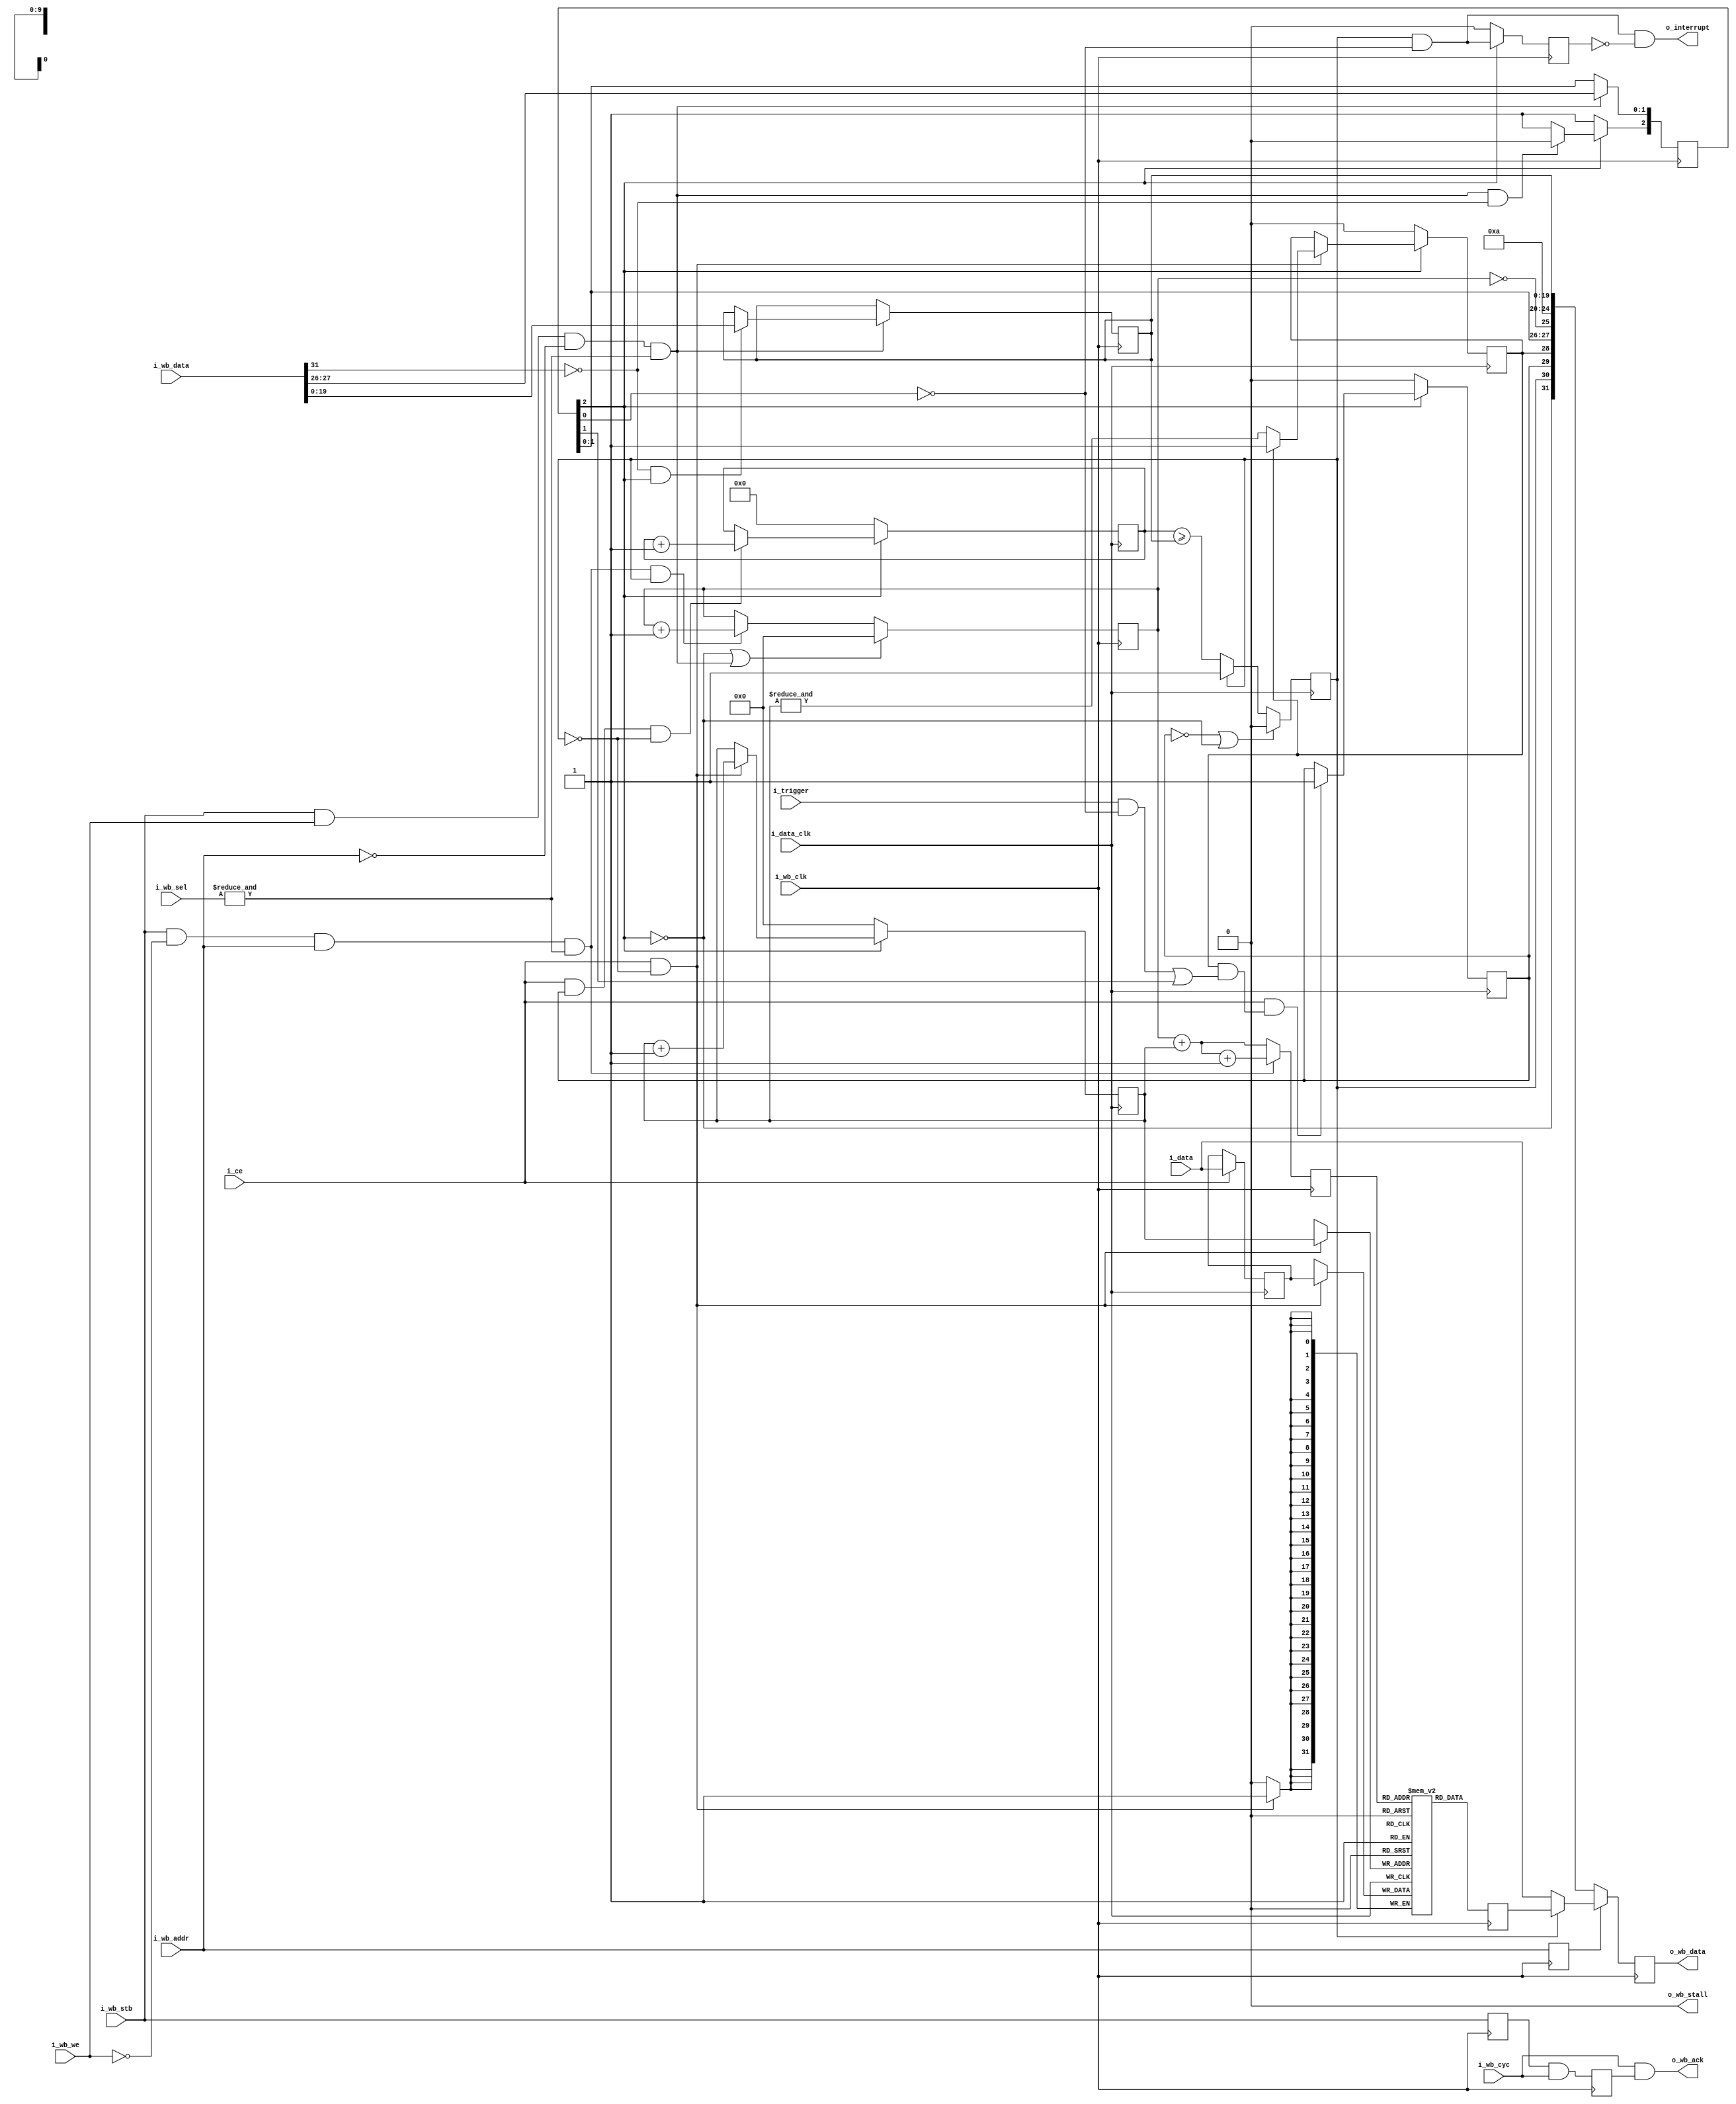
////////////////////////////////////////////////////////////////////////////////
//
// {{{
// Project:	SDR, a basic Soft(Gate)ware Defined Radio architecture
//
// Purpose:	This is a generic/library routine for providing a bus accessed
//	'scope' or (perhaps more appropriately) a bus accessed logic analyzer.
//	The general operation is such that this 'scope' can record and report
//	on any 32 bit value transiting through the FPGA.  Once started and
//	reset, the scope records a copy of the input data every time the clock
//	ticks with the circuit enabled.  That is, it records these values up
//	until the trigger.  Once the trigger goes high, the scope will record
//	for br_holdoff more counts before stopping.  Values may then be read
//	from the buffer, oldest to most recent.  After reading, the scope may
//	then be reset for another run.
//
//	In general, therefore, operation happens in this fashion:
//		1. A reset is issued.
//		2. Recording starts, in a circular buffer, and continues until
//		3. The trigger line is asserted.
//			The scope registers the asserted trigger by setting
//			the 'o_triggered' output flag.
//		4. A counter then ticks until the last value is written
//			The scope registers that it has stopped recording by
//			setting the 'o_stopped' output flag.
//		5. The scope recording is then paused until the next reset.
//		6. While stopped, the CPU can read the data from the scope
//		7. -- oldest to most recent
//		8. -- one value per i_rd&i_data_clk
//		9. Writes to the data register reset the address to the
//			beginning of the buffer
//
//	Although the data width DW is parameterized, it is not very changable,
//	since the width is tied to the width of the data bus, as is the
//	control word.  Therefore changing the data width would require changing
//	the interface.  It's doable, but it would be a change to the interface.
//
//	The SYNCHRONOUS parameter turns on and off meta-stability
//	synchronization.  Ideally a wishbone scope able to handle one or two
//	clocks would have a changing number of ports as this SYNCHRONOUS
//	parameter changed.  Other than running another script to modify
//	this, I don't know how to do that so ... we'll just leave it running
//	off of two clocks or not.
//
//
//	Internal to this routine, registers and wires are named with one of the
//	following prefixes:
//
//	i_	An input port to the routine
//	o_	An output port of the routine
//	br_	A register, controlled by the bus clock
//	dr_	A register, controlled by the data clock
//	bw_	A wire/net, controlled by the bus clock
//	dw_	A wire/net, controlled by the data clock
//
// Creator:	Dan Gisselquist, Ph.D.
//		Gisselquist Technology, LLC
//
////////////////////////////////////////////////////////////////////////////////
// }}}
// Copyright (C) 2015-2024, Gisselquist Technology, LLC
// {{{
// This program is free software (firmware): you can redistribute it and/or
// modify it under the terms of the GNU General Public License as published
// by the Free Software Foundation, either version 3 of the License, or (at
// your option) any later version.
//
// This program is distributed in the hope that it will be useful, but WITHOUT
// ANY WARRANTY; without even the implied warranty of MERCHANTIBILITY or
// FITNESS FOR A PARTICULAR PURPOSE.  See the GNU General Public License
// for more details.
//
// You should have received a copy of the GNU General Public License along
// with this program.  (It's in the $(ROOT)/doc directory.  Run make with no
// target there if the PDF file isn't present.)  If not, see
// <http://www.gnu.org/licenses/> for a copy.
// }}}
// License:	GPL, v3, as defined and found on www.gnu.org,
// {{{
//		http://www.gnu.org/licenses/gpl.html
//
////////////////////////////////////////////////////////////////////////////////
//
`default_nettype	none
// }}}
module wbscope #(
		// {{{
		parameter [4:0]			LGMEM = 5'd10,
		parameter			BUSW = 32,
		parameter [0:0]			SYNCHRONOUS=1,
		parameter		 	HOLDOFFBITS = 20,
		parameter [(HOLDOFFBITS-1):0]	DEFAULT_HOLDOFF = ((1<<(LGMEM-1))-4)
		// }}}
	) (
		// {{{
		// The input signals that we wish to record
		input	wire			i_data_clk, i_ce, i_trigger,
		input	wire	[(BUSW-1):0]	i_data,
		// The WISHBONE bus for reading and configuring this scope
		// {{{
		input	wire			i_wb_clk, i_wb_cyc,
						i_wb_stb, i_wb_we,
		input	wire			i_wb_addr, // One address line only
		input	wire	[(BUSW-1):0]	i_wb_data,
		input	wire	[(BUSW/8-1):0]	i_wb_sel,
		output	wire			o_wb_stall, o_wb_ack,
		output	wire	[(BUSW-1):0]	o_wb_data,
		// }}}
		// And, finally, for a final flair --- offer to interrupt the
		// CPU after our trigger has gone off.  This line is equivalent
		// to the scope  being stopped.  It is not maskable here.
		output	wire			o_interrupt
		// }}}
	);

	// Signal declarations
	// {{{
	wire			bus_clock;
	wire			read_from_data;
	wire			write_stb;
	wire			write_to_control;
	reg			read_address;
	wire	[31:0]		i_bus_data;
	reg	[(LGMEM-1):0]	raddr;
	reg	[(BUSW-1):0]	mem[0:((1<<LGMEM)-1)];
	wire		bw_reset_request, bw_manual_trigger,
			bw_disable_trigger, bw_reset_complete;
	reg	[2:0]	br_config;
	reg	[(HOLDOFFBITS-1):0]	br_holdoff;
	wire			dw_reset, dw_manual_trigger, dw_disable_trigger;
	reg			dr_triggered, dr_primed;
	wire			dw_trigger;
	(* ASYNC_REG="TRUE" *) reg	[(HOLDOFFBITS-1):0]	counter;

	reg			dr_stopped;
	reg	[(LGMEM-1):0]	waddr;
	localparam	STOPDELAY = 1;	// Calibrated value--don't change this
	wire	[(BUSW-1):0]		wr_piped_data;
	wire			bw_stopped, bw_triggered, bw_primed;
	reg			br_wb_ack, br_pre_wb_ack;
	wire			bw_cyc_stb;
	reg	[(LGMEM-1):0]	this_addr;
	reg	[31:0]		nxt_mem;
	wire	[19:0]		full_holdoff;
	reg	[31:0]		o_bus_data;
	wire	[4:0]		bw_lgmem;
	reg			br_level_interrupt;
	// }}}

	assign	bus_clock = i_wb_clk;

	////////////////////////////////////////////////////////////////////////
	//
	// Decode and handle the bus signaling in a (somewhat) portable manner
	// {{{
	////////////////////////////////////////////////////////////////////////
	//
	///////////////////////////////////////////////////
	//
	//

	assign	i_bus_data = i_wb_data;
	assign	o_wb_stall = 1'b0;
	assign	read_from_data = i_wb_stb && !i_wb_we && i_wb_addr && (&i_wb_sel);
	assign	write_stb = (i_wb_stb)&&(i_wb_we);
	assign	write_to_control = write_stb && !i_wb_addr && (&i_wb_sel);

	always @(posedge bus_clock)
		read_address <= i_wb_addr;
	// }}}
	////////////////////////////////////////////////////////////////////////
	//
	// Our status/config register
	// {{{
	////////////////////////////////////////////////////////////////////////
	//
	// Now that we've finished reading/writing from the
	// bus, ... or at least acknowledging reads and
	// writes from and to the bus--even if they haven't
	// happened yet, now we implement our actual scope.
	// This includes implementing the actual reads/writes
	// from/to the bus.
	//
	// From here on down, is the heart of the scope itself.
	//

	// Our status/config register
	initial	br_config = 3'b0;
	initial	br_holdoff = DEFAULT_HOLDOFF;
	always @(posedge bus_clock)
	begin
		if (write_to_control)
		begin
			br_config[1:0] <= {
				i_bus_data[27],
				i_bus_data[26] };
			if (!i_bus_data[31] && br_config[2])
				br_holdoff <= i_bus_data[(HOLDOFFBITS-1):0];
		end

		//
		// Reset logic
		if (bw_reset_complete)
			// Clear the reset request, regardless of the write
			br_config[2] <= 1'b1;
		else if (!br_config[2])
			// Reset request is already pending--don't change it
			br_config[2] <= 1'b0;
		else if (write_to_control && !i_bus_data[31])
			// Initiate a new reset request
			//   Note that we won't initiate a new reset request
			//   while one is already pending.  Once the pending
			//   one completes we'll be in the reset state anyway
			br_config[2] <= 1'b0;

		// if (i_reset)
		//	br_config[2] <= 1'b0;
	end
	assign	bw_reset_request   = (!br_config[2]);
	assign	bw_manual_trigger  = (br_config[1]);
	assign	bw_disable_trigger = (br_config[0]);

	generate
	if (SYNCHRONOUS > 0)
	begin : GEN_SYNCHRONOUS
		assign	dw_reset = bw_reset_request;
		assign	dw_manual_trigger = bw_manual_trigger;
		assign	dw_disable_trigger = bw_disable_trigger;
		assign	bw_reset_complete = bw_reset_request;
	end else begin : GEN_ASYNC
		reg		r_reset_complete;
		(* ASYNC_REG = "TRUE" *) reg	[2:0]	q_iflags;
		reg	[2:0]	r_iflags;

		// Resets are synchronous to the bus clock, not the data clock
		// so do a clock transfer here
		initial	{ q_iflags, r_iflags } = 6'h0;
		initial	r_reset_complete = 1'b0;
		always @(posedge i_data_clk)
		begin
			q_iflags <= { bw_reset_request, bw_manual_trigger, bw_disable_trigger };
			r_iflags <= q_iflags;
			r_reset_complete <= (dw_reset);
		end

		assign	dw_reset = r_iflags[2];
		assign	dw_manual_trigger = r_iflags[1];
		assign	dw_disable_trigger = r_iflags[0];

		(* ASYNC_REG = "TRUE" *) reg	q_reset_complete,
						qq_reset_complete;
		// Pass an acknowledgement back from the data clock to the bus
		// clock that the reset has been accomplished
		initial	q_reset_complete = 1'b0;
		initial	qq_reset_complete = 1'b0;
		always @(posedge bus_clock)
		begin
			q_reset_complete  <= r_reset_complete;
			qq_reset_complete <= q_reset_complete;
		end

		assign bw_reset_complete = qq_reset_complete;

`ifdef	FORMAL
		always @(posedge gbl_clk)
		if (f_past_valid_data)
		begin
			if ($rose(r_reset_complete))
				assert(bw_reset_request);
		end

		always @(*)
		case({ bw_reset_request, q_iflags[2], dw_reset, q_reset_complete, qq_reset_complete })
		5'h00: begin end
		5'h10: begin end
		5'h18: begin end
		5'h1c: begin end
		5'h1e: begin end
		5'h1f: begin end
		5'h0f: begin end
		5'h07: begin end
		5'h03: begin end
		5'h01: begin end
		default: assert(0);
		endcase
`endif
	end endgenerate
	// }}}
	////////////////////////////////////////////////////////////////////////
	//
	// Set up the trigger
	// {{{
	////////////////////////////////////////////////////////////////////////
	//
	//

	// dw_trigger -- trigger wire, defined on the data clock
	// {{{
	// Write with the i_clk, or input clock.  All outputs read with the
	// bus clock, or i_wb_clk as we've called it here.
	assign	dw_trigger = (dr_primed)&&(
				((i_trigger)&&(!dw_disable_trigger))
				||(dw_manual_trigger));
	// }}}

	// dr_triggered
	// {{{
	initial	dr_triggered = 1'b0;
	always @(posedge i_data_clk)
	if (dw_reset)
		dr_triggered <= 1'b0;
	else if ((i_ce)&&(dw_trigger))
		dr_triggered <= 1'b1;
	// }}}

	//
	// Determine when memory is full and capture is complete
	//
	// Writes take place on the data clock

	// counter
	// {{{
	// The counter is unsigned
	initial	counter = 0;
	always @(posedge i_data_clk)
	if (dw_reset)
		counter <= 0;
	else if ((i_ce)&&(dr_triggered)&&(!dr_stopped))
		counter <= counter + 1'b1;
`ifdef	FORMAL
	always @(*)
	if (!dw_reset && !bw_reset_request)
		assert(counter <= br_holdoff+1'b1);
	always @(posedge i_data_clk)
		assume(!(&br_holdoff));
	always @(posedge i_data_clk)
	if (!dr_triggered)
		assert(counter == 0);
`endif
	// }}}

	// dr_stopped
	// {{{
	initial	dr_stopped = 1'b0;
	always @(posedge i_data_clk)
	if ((!dr_triggered)||(dw_reset))
		dr_stopped <= 1'b0;
	else if (!dr_stopped)
	begin
		if (HOLDOFFBITS > 1) // if (i_ce)
			dr_stopped <= (counter >= br_holdoff);
		else if (HOLDOFFBITS <= 1)
			dr_stopped <= ((i_ce)&&(dw_trigger));
	end
	// }}}

	// }}}
	////////////////////////////////////////////////////////////////////////
	//
	// Write to memory
	// {{{
	////////////////////////////////////////////////////////////////////////
	//
	//


	//
	//	Actually do our writes to memory.  Record, via 'primed' when
	//	the memory is full.
	//
	//	The 'waddr' address that we are using really crosses two clock
	//	domains.  While writing and changing, it's in the data clock
	//	domain.  Once stopped, it becomes part of the bus clock domain.
	//	The clock transfer on the stopped line handles the clock
	//	transfer for these signals.
	//

	// waddr, dr_primed
	// {{{
	initial	waddr = {(LGMEM){1'b0}};
	initial	dr_primed = 1'b0;
	always @(posedge i_data_clk)
	if (dw_reset) // For simulation purposes, supply a valid value
	begin
		waddr <= 0; // upon reset.
		dr_primed <= 1'b0;
	end else if (i_ce && !dr_stopped)
	begin
		// mem[waddr] <= i_data;
		waddr <= waddr + {{(LGMEM-1){1'b0}},1'b1};
		if (!dr_primed)
			dr_primed <= (&waddr);
	end
	// }}}

	// wr_piped_data -- delay data to match the trigger
	// {{{
	// Delay the incoming data so that we can get our trigger
	// logic to line up with the data.  The goal is to have a
	// hold off of zero place the trigger in the last memory
	// address.
	generate
	if (STOPDELAY == 0)
	begin : NO_STOPDLY
		// No delay ... just assign the wires to our input lines
		assign	wr_piped_data = i_data;
	end else if (STOPDELAY == 1)
	begin : GEN_ONE_STOPDLY
		//
		// Delay by one means just register this once
		reg	[(BUSW-1):0]	data_pipe;
		always @(posedge i_data_clk)
		if (i_ce)
			data_pipe <= i_data;

		assign	wr_piped_data = data_pipe;
	end else begin : GEN_STOPDELAY
		// Arbitrary delay ... use a longer pipe
		reg	[(STOPDELAY*BUSW-1):0]	data_pipe;

		always @(posedge i_data_clk)
		if (i_ce)
			data_pipe <= { data_pipe[((STOPDELAY-1)*BUSW-1):0], i_data };
		assign	wr_piped_data = { data_pipe[(STOPDELAY*BUSW-1):((STOPDELAY-1)*BUSW)] };
	end endgenerate
	// }}}

	// mem[] <= wr_piped_data
	// {{{
	always @(posedge i_data_clk)
	if ((i_ce)&&(!dr_stopped))
		mem[waddr] <= wr_piped_data;
	// }}}
	// }}}
	////////////////////////////////////////////////////////////////////////
	//
	// Move the status signals back to the bus clock
	// {{{
	////////////////////////////////////////////////////////////////////////
	//
	generate if (SYNCHRONOUS)
	begin : SYNCHRONOUS_RETURN
		assign	bw_stopped   = dr_stopped;
		assign	bw_triggered = dr_triggered;
		assign	bw_primed    = dr_primed;
	end else begin : ASYNC_STATUS
		// {{{
		// These aren't a problem, since none of these are strobe
		// signals.  They goes from low to high, and then stays high
		// for many clocks.  Swapping is thus easy--two flip flops to
		// protect against meta-stability and we're done.
		//
		(* ASYNC_REG = "TRUE" *) reg	[2:0]	q_oflags;
		reg	[2:0]	r_oflags;
		initial	q_oflags = 3'h0;
		initial	r_oflags = 3'h0;
		always @(posedge bus_clock)
		if (bw_reset_request)
		begin
			q_oflags <= 3'h0;
			r_oflags <= 3'h0;
		end else begin
			q_oflags <= { dr_stopped, dr_triggered, dr_primed };
			r_oflags <= q_oflags;
		end

		assign	bw_stopped   = r_oflags[2];
		assign	bw_triggered = r_oflags[1];
		assign	bw_primed    = r_oflags[0];
		// }}}
`ifdef	FORMAL
		always @(*)
		if (!bw_reset_request)
		begin
			if (bw_primed)
				assert(q_oflags[0] && dr_primed);
			else if (q_oflags[0])
				assert(dr_primed);

			if (bw_triggered)
				assert(q_oflags[1] && dr_triggered);
			else if (q_oflags[1])
				assert(dr_triggered);

			if (bw_stopped)
				assert(q_oflags[2] && dr_stopped);
			else if (q_oflags[2])
				assert(dr_stopped);
		end

`endif
	end endgenerate
	// }}}
	////////////////////////////////////////////////////////////////////////
	//
	// Read from the memory, using the bus clock.  Otherwise respond to bus
	// {{{
	////////////////////////////////////////////////////////////////////////
	//
	//

	// Reads use the bus clock
	assign	bw_cyc_stb = (i_wb_stb);

	initial	br_pre_wb_ack = 1'b0;
	initial	br_wb_ack = 1'b0;
	always @(posedge bus_clock)
	begin
		if ((bw_reset_request)||(write_to_control))
			raddr <= 0;
		else if ((read_from_data)&&(bw_stopped))
			raddr <= raddr + 1'b1; // Data read, when stopped

		br_pre_wb_ack <= bw_cyc_stb;
		br_wb_ack <= (br_pre_wb_ack)&&(i_wb_cyc);
	end

	assign	o_wb_ack = (i_wb_cyc)&&(br_wb_ack);

	always @(posedge bus_clock)
	if (read_from_data)
		this_addr <= raddr + waddr + 1'b1;
	else
		this_addr <= raddr + waddr;

	always @(posedge bus_clock)
		nxt_mem <= mem[this_addr];

	// holdoff sub-register
	// {{{
	assign full_holdoff[(HOLDOFFBITS-1):0] = br_holdoff;
	generate if (HOLDOFFBITS < 20)
	begin : GEN_FULL_HOLDOFF
		assign full_holdoff[19:(HOLDOFFBITS)] = 0;
	end endgenerate
	// }}}

	assign		bw_lgmem = LGMEM;

	// Bus read
	// {{{
	always @(posedge bus_clock)
	begin
		if (!read_address) // Control register read
			o_bus_data <= { bw_reset_request,
					bw_stopped,
					bw_triggered,
					bw_primed,
					bw_manual_trigger,
					bw_disable_trigger,
					(raddr == {(LGMEM){1'b0}}),
					bw_lgmem,
					full_holdoff  };
		else if (!bw_stopped) // read, prior to stopping
			//
			// *WARNING*: THIS READ IS NOT PROTECTED FROM
			// ASYNCHRONOUS COHERENCE ISSUES!
			//
			o_bus_data <= i_data;
		else // if (i_wb_addr) // Read from FIFO memory
			o_bus_data <= nxt_mem; // mem[raddr+waddr];
	end
	// }}}

	assign	o_wb_data = o_bus_data;
	// }}}
	////////////////////////////////////////////////////////////////////////
	//
	// Interrupt generation
	// {{{
	////////////////////////////////////////////////////////////////////////
	//
	//
	initial	br_level_interrupt = 1'b0;
	always @(posedge bus_clock)
	if ((bw_reset_complete)||(bw_reset_request))
		br_level_interrupt<= 1'b0;
	else
		br_level_interrupt<= (bw_stopped)&&(!bw_disable_trigger);

	assign	o_interrupt = (bw_stopped)&&(!bw_disable_trigger)
					&&(!br_level_interrupt);
	// }}}

	// Make verilator happy
	// {{{
	// verilator lint_off UNUSED
	wire	unused;
	assign unused = &{ 1'b0, i_bus_data[30:28], i_bus_data[25:0],
			i_wb_sel };
	// verilator lint_on UNUSED
	// }}}
endmodule